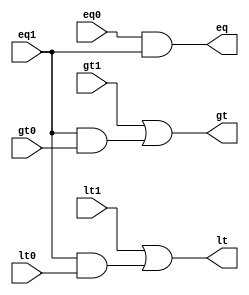
module combine(eq, lt, gt, eq0, lt0, gt0, eq1, lt1, gt1);
  input eq0, lt0, gt0, eq1, lt1, gt1;
  output eq, lt, gt;

  assign eq = eq0 & eq1; // eq = eq1*eq0
  assign lt = lt1 | eq1 & lt0; // lt = lt1 + eq1*lt0
  assign gt = gt1 | eq1 & gt0; // gt = gt1 + eq1*gt0
endmodule